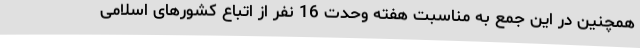
همچنین در این جمع به مناسبت هفته وحدت 16 نفر از اتباع کشورهای اسلامی